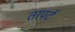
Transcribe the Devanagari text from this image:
तापर्ट